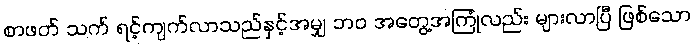
စာဖတ် သက် ရင့်ကျက်လာသည်နှင့်အမျှ ဘဝ အတွေ့အကြုံလည်း များလာပြီ ဖြစ်သော